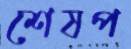
শেষপ